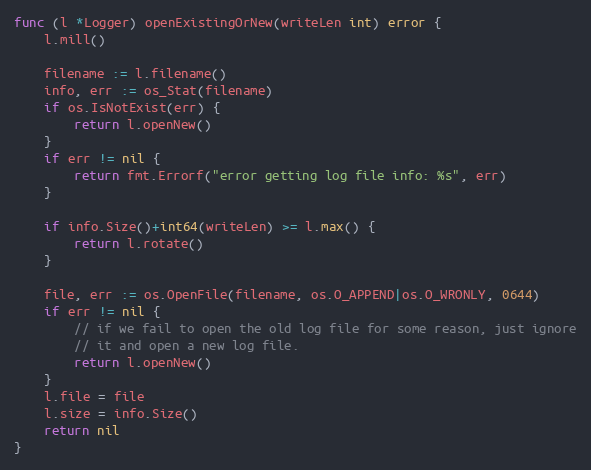
Language: Go
func (l *Logger) openExistingOrNew(writeLen int) error {
	l.mill()

	filename := l.filename()
	info, err := os_Stat(filename)
	if os.IsNotExist(err) {
		return l.openNew()
	}
	if err != nil {
		return fmt.Errorf("error getting log file info: %s", err)
	}

	if info.Size()+int64(writeLen) >= l.max() {
		return l.rotate()
	}

	file, err := os.OpenFile(filename, os.O_APPEND|os.O_WRONLY, 0644)
	if err != nil {
		// if we fail to open the old log file for some reason, just ignore
		// it and open a new log file.
		return l.openNew()
	}
	l.file = file
	l.size = info.Size()
	return nil
}